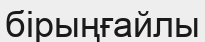
бірыңғайлы